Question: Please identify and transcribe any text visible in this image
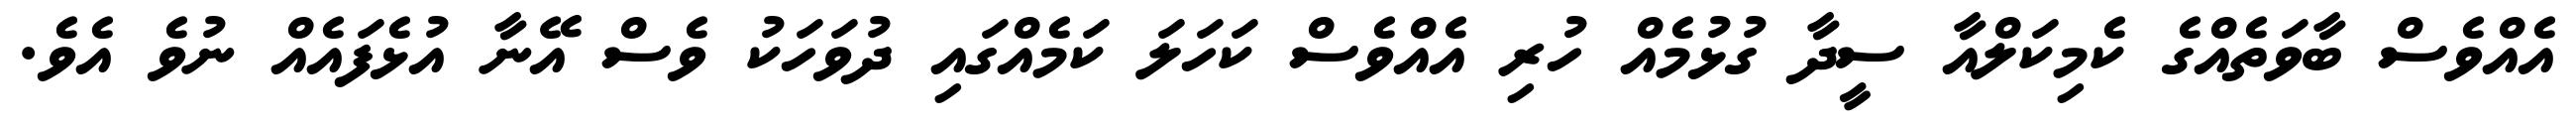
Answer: އެއްވެސް ބާވަތެއްގެ ކެމިކަލްއާ ސީދާ ގުޅުމެއް ހުރި އެއްވެސް ކަހަލަ ކަމެއްގައި ދުވަހަކު ވެސް އޭނާ އުޅެފައެއް ނުވެ އެވެ.